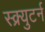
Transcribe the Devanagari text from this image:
स्क्र्युटर्न